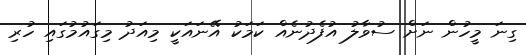
ގިނަ މީހުން ނަށް ސުވާލު އުފެދުނެއް ކަމަކު އޭނައަކީ މިއަދު މިގައުމުގައި ހުރި